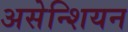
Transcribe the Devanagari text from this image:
असेन्शियन